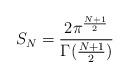
LaTeX: \begin{align*} S_N=\frac{2 \pi^{\frac{N+1}{2}}}{\Gamma(\frac{N+1}{2})}\end{align*}